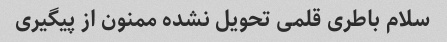
سلام باطری قلمی تحویل نشده ممنون از پیگیری